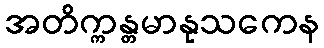
အတိက္ကန္တမာနုသကေန